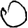
Digit: 0